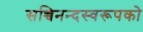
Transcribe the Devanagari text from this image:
सच्चिनन्दस्वरूपको